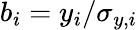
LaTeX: b_{i}=y_{i}/\sigma_{y,i}